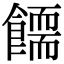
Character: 𩞪